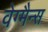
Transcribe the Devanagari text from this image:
वेग्मैन्स